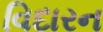
વિદારન